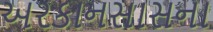
અરકાનસાસના